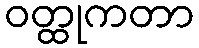
ဝတ္ထုကတာ